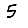
Digit: 5